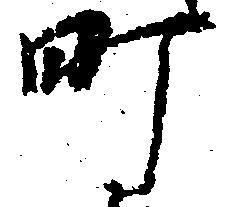
町